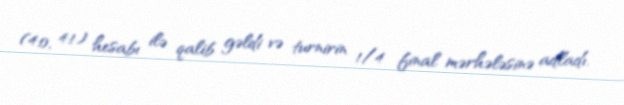
(4:0, 4:1) hesabı ilə qalib gəldi və turnirin 1/4 final mərhələsinə adladı.